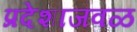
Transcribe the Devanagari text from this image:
प्रदेशाजवळ